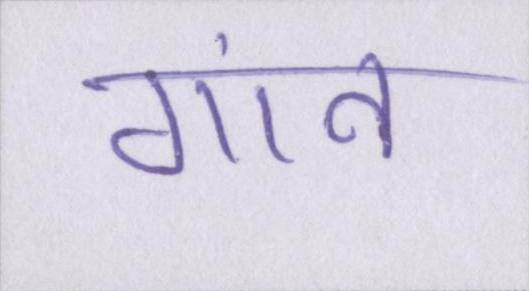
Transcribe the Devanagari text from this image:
गांव